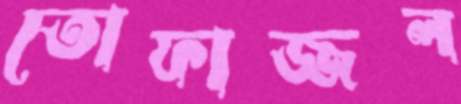
তোফাজ্জল